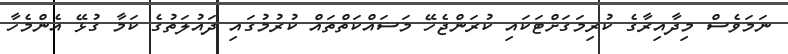
ނަމަވެސް މިދާއިރާގެ ކުރިމަގަށްޓަކައި ކުރަންޖެހޭ މަސައްކަތްތައް ކުރުމުގައި ދައުލަތުގެ ކަމާ ގުޅޭ އެންމެހާ